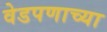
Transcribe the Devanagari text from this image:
वेडपणाच्या